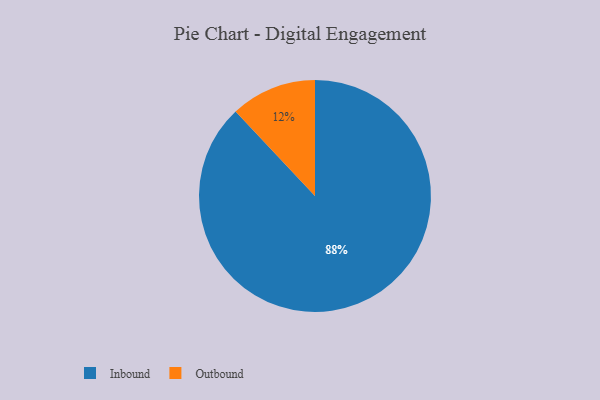
{"axis": {"x": "Category", "y": "Percentage"}, "legend": ["Inbound", "Outbound"], "data": [{"x": "Inbound", "y": 88, "type": "Inbound"}, {"x": "Outbound", "y": 12, "type": "Outbound"}]}